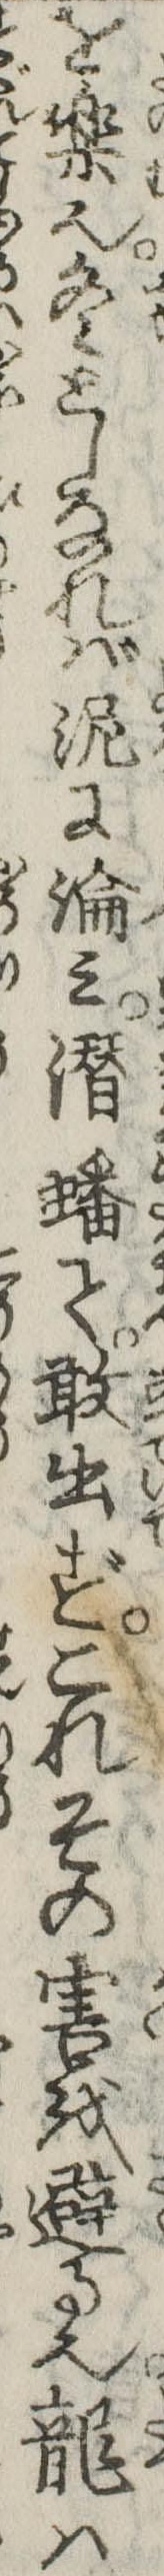
を楽也冬としなれば泥に淪み潜蟠て敢出ずこれその害を避る也竜は